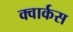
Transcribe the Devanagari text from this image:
क्वार्कस